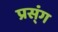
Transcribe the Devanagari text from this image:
प्रस्ंग